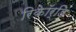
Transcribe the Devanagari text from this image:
रिकॉर्डिं